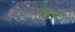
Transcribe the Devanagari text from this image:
हर